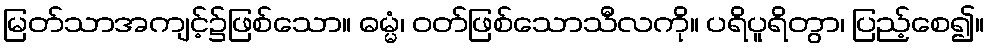
မြတ်သာအကျင့်၌ဖြစ်သော။ ဓမ္မံ၊ ဝတ်ဖြစ်သောသီလကို။ ပရိပူရိတွာ၊ ပြည့်စေ၍။